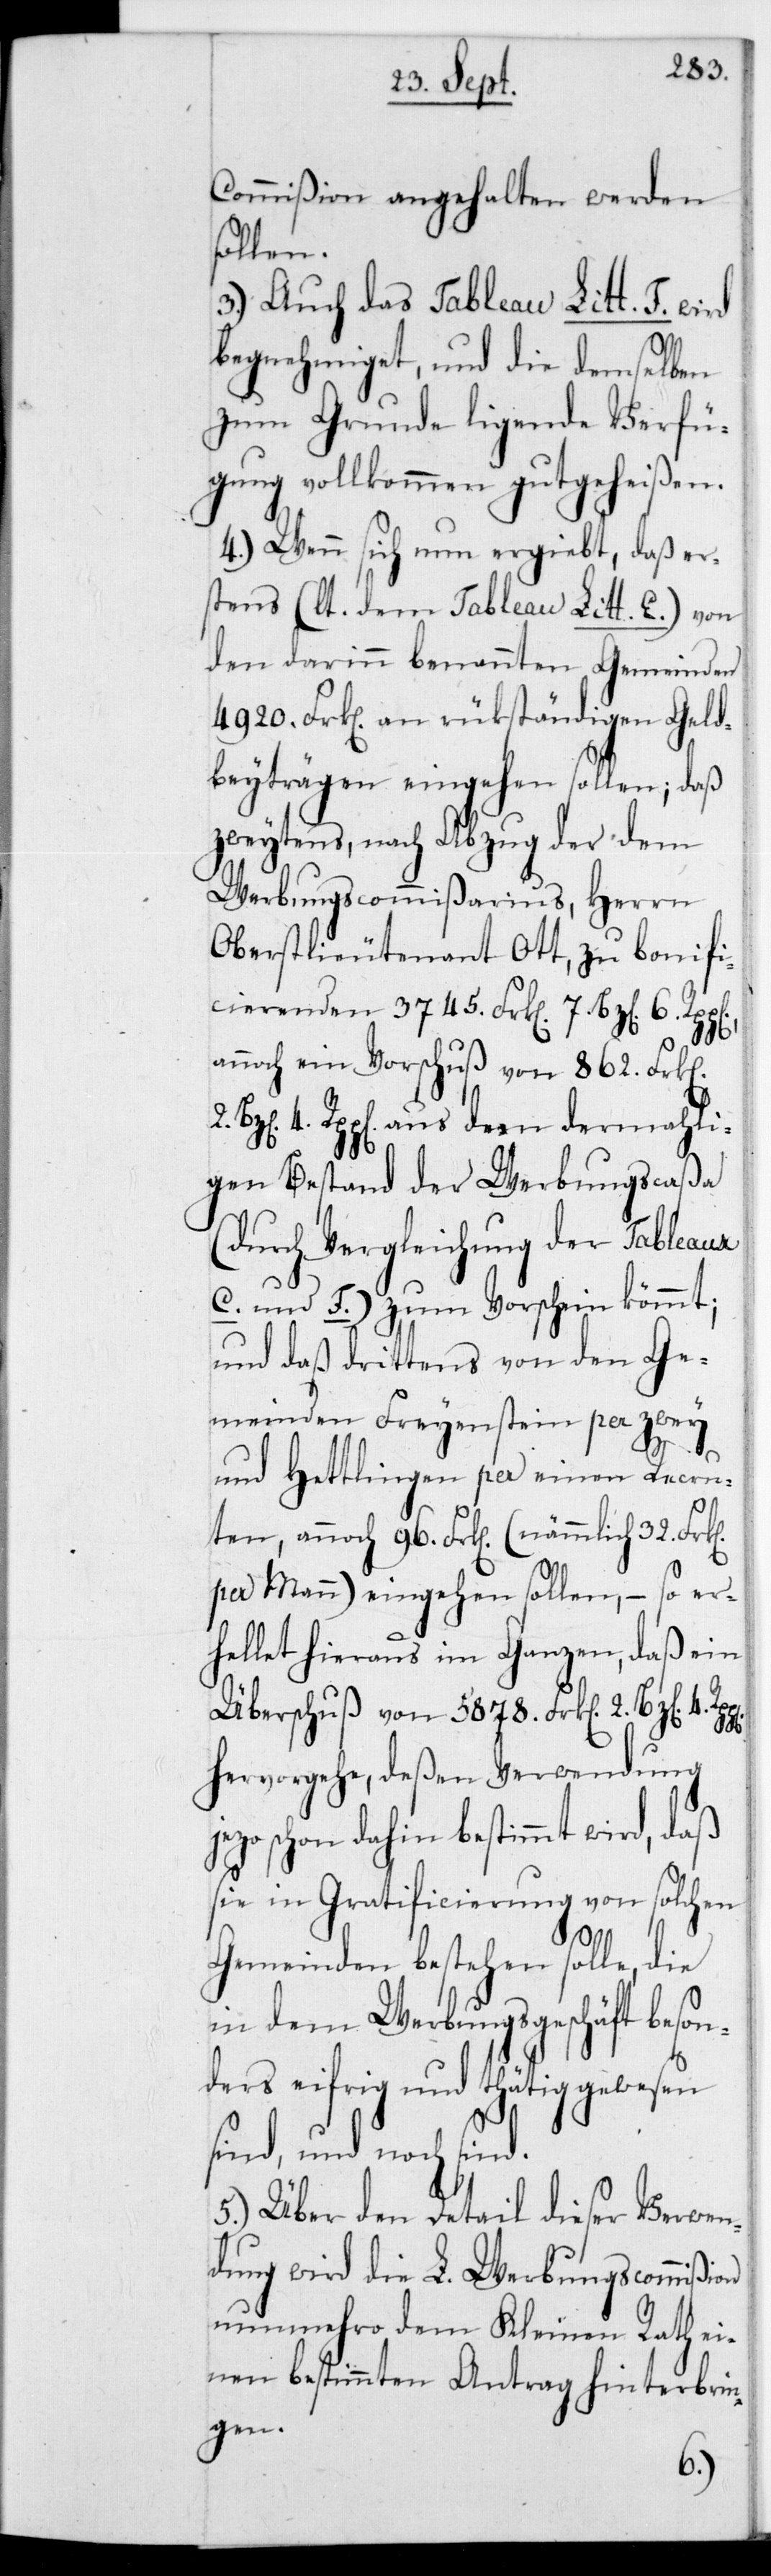
Commißion angehalten werden
sollen.
3.) Auch das Tableau Litt. F wird
begnehmiget, und die demselben
zum Grunde liegende Verfü¬
gung vollkommen gutgeheißen.
4.) Wenn sich nun ergiebt, daß er¬
stens (lt. dem Tableau Litt. E) von
den darinn benannten Gemeinden
4920 Frk[en] an rückständigen Geld¬
beiträgen eingehen sollen; daß
zweytens nach Abzug der dem
Werbungscommissarius, Herrn
Oberstlieutenant Ott, zu bonifi¬
cierenden 3745 Frk[en] 7 Bz[en]
annoch ein Vorschuß von 862 Frk[e¬
4 Rpp[en] aus dem dermahli¬
gen Bestand der Werbungscaßa
(durch Vergleichung der Tableaux
C und F) zum Vorschein kömmt;
und daß drittens von den Ge¬
meinden Freyenstein per zwey
und Hettlingen per einen Recru¬
ten, annoch 96 Frk[en] (nämmlich 32 Frk[e¬
per Mann) eingehen sollen, – so er¬
hellet hieraus im Ganzen, daß ein
Überschuß von 5878 Frk[en] 2 Bz[en] 4
n]
hervorgehe, deßen Verwendung
schon dahin bestimmt wird, daß
sie in Gratificierung von solchen
Gemeinden bestehen solle, die
in dem Werbungsgeschäft beso¬
nders eifrig und thätig gewesen
sind, und noch sind.
5.)Über den Detail dieser Verwen¬
dung wird die L. Werbungscommißion
nunmehro dem Kleinen Rath ei¬
nen bestimmten Antrag hinterbrin¬
gen.